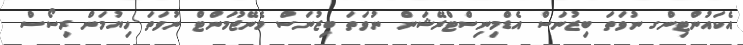
އެކައުންޓިންގ ނުވަތަ ބިޒުނަސް އެޑްމިނިސްޓްރޭޝަން ނުވަތަ ބިޒުނަސް މެނޭޖުމަންޓް ނުވަތަ ހިޔުމަން ރިސޯސް